Report of the Municipal Commissioner on the plague in Bombay for the year ending 31st May... - Volume 1
Disease focus: Plague
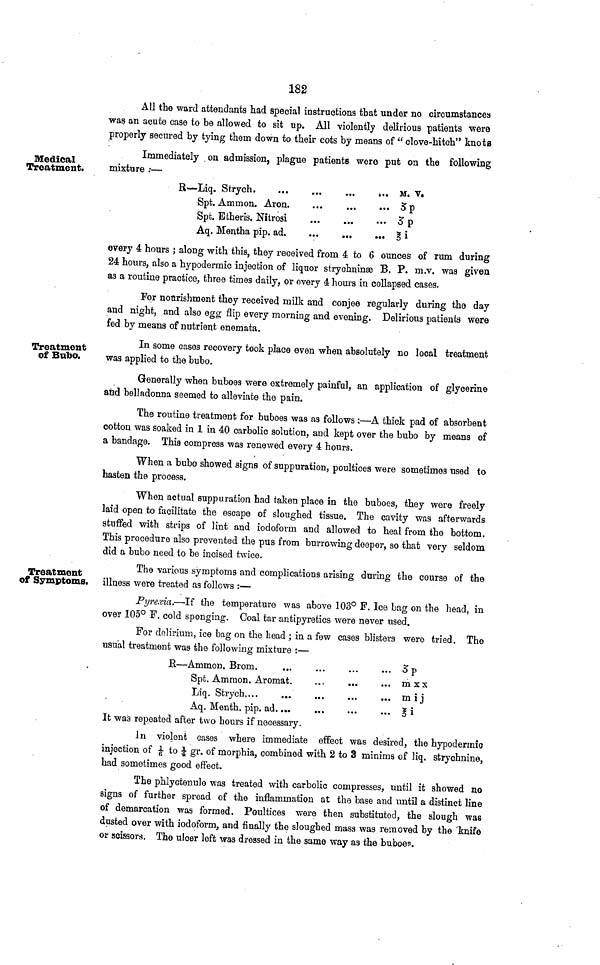
182
All the ward attendants had special instructions that under no circumstances
was an acute case to be allowed to sit up. All violently delirious patients were
properly secured by tying them down to their cots by means of " clove-hitch" knots
Medical
Treatment.
Immediately on admission, plague patients were put on the following
mixture :—
R—Liq. Strych
M. v.
Spt. Ammon. Aron.
...
5p
Spt. Etheris. Nitrosi
...
3 p
Aq. Mentha pip. ad
§ i
every 4 hours j along with this, they received from 4 to 6 ounces of rum during
24 hours, also a hypodermic injection of liquor strychninse B. P. m.v. was given
as a routine practice, three times daily, or every 4 hours in collapsed cases,
For nourishment they received milk and conjee regularly during the day
and night, and also egg flip every morning and evening. Delirious patients were
fed by means of nutrient enemata.
Treatment
of Bubo.
In some cases recovery took place even when absolutely no local treatment
was applied to the bubo.
Generally when buboes were extremely painful, an application of glycerine
and belladonna seemed to alleviate the pain.
The routine treatment for buboes was as follows:—A thick pad of absorbent
cotton was soaked in 1 in 40 carbolic solution, and kept over the bubo by means of
a bandage. This compress was renewed every 4 hours.
When a bubo showed signs of suppuration, poultices were sometimes used to
hasten the process.
When actual suppuration had taken place in the buboes, they were freely
laid open to facilitate the escape of sloughed tissue. The cavity was afterwards
stuffed with strips of lint and iodofbrm and allowed to heal from the bottom.
This procedure also prevented the pus from burrowing deeper, so that very seldom
did a bubo need to be incised twice.
Treatment
of Symptoms.
The various symptoms and complications arising during the course of the
illness were treated as follows :—
Pyre.via.—If the temperature was above 103° F. Ice bag on the head, in
over 105° F. cold sponging. Coal tar antipyretics were never used.
For delirium, ice bag on the head ; in a few cases blisters were tried. The
usual treatment was the following mixture :—
R—Ammon. Brom.
...
...
...
... 3 p
Spt. Amraon. Aromat
mxx
Liq. Strych
... mij
Aq. Menth. pip. ad
§ i
It was repeated after two hours if necessary.
In violent cases where immediate effect was desired, the hypodermic
injection of 1/6 to 1/4 gr. of morphia, combined with 2 to 3 minims of liq. strychnine,
had sometimes good effect.
The phlyctenule was treated with carbolic compresses, until it showed no
signs of further spread of the inflammation at the base and until a distinct line
of demarcation was formed. Poultices were then substituted, the slough was
dusted over with iodoform, and finally the sloughed mass was removed by the knife
or scissors. The ulcer left xvas dressed in the same way as the buboes.